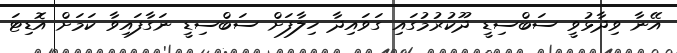
އޭނާ ވިދާޅުވީ ސަބްސިޑީ ދޫކުރުމުގައި ގަވައިދާ ހިލާފަށް ސަބްސިޑީ ނަގާފައިވާ ކަމަށް އޮޑިޓަ